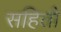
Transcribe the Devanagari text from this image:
सहितौ